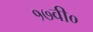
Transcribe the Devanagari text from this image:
१७वी०